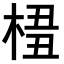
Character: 𣔖